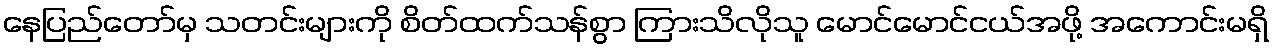
နေပြည်တော်မှ သတင်းများကို စိတ်ထက်သန်စွာ ကြားသိလိုသူ မောင်မောင်ငယ်အဖို့ အကောင်းမရှိ